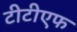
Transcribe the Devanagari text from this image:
टीटीएफ